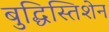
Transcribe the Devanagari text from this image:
बुद्धिस्तिशेन